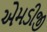
એમડીજી